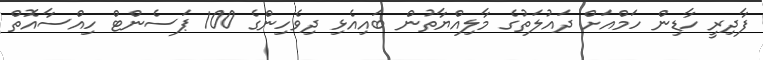
ފާދިރީ ހާޑިން ހަމްއަށް ދައުލަތުގެ މާލިއްޔާތުން ބައިއެޅި ދިވެހިންގެ 100 ޕަސެންޓް ހިއްސާއޮތް